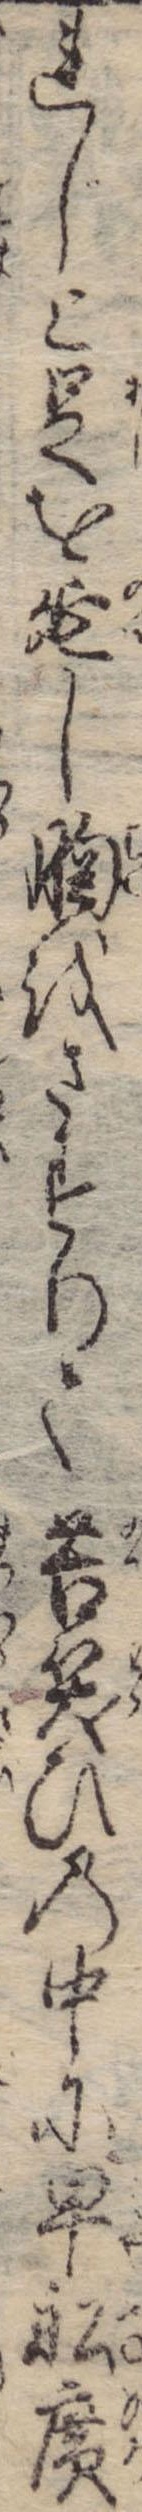
れじと足を延し胸をさすりて苦笑ひの中に早船広